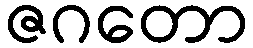
ဇဂတော